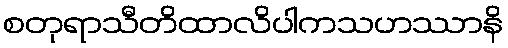
စတုရာသီတိထာလိပါကသဟဿာနိ